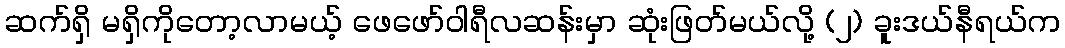
ဆက်ရှိ မရှိကိုတော့လာမယ့် ဖေဖော်ဝါရီလဆန်းမှာ ဆုံးဖြတ်မယ်လို့ (၂) ခူးဒယ်နီရယ်က